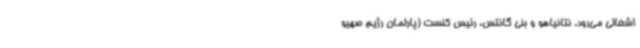
اشغالی می‌رود. نتانیاهو و بنی گانتس، رئیس کنست (پارلمان رژیم صهیو